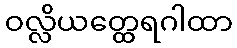
ဝလ္လိယတ္ထေရဂါထာ